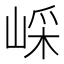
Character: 𡸯